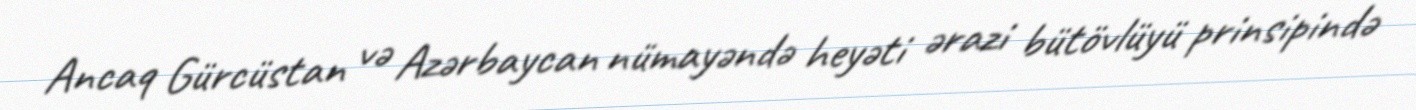
Ancaq Gürcüstan və Azərbaycan nümayəndə heyəti ərazi bütövlüyü prinsipində